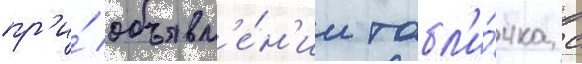
пр'и́ объявл'е́н'ии табл'и́чка с